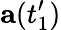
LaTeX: \mathbf{a}(t_{1}^{\prime})